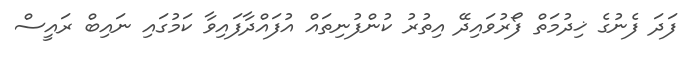
ފަދަ ފެނުގެ ޚިދުމަތް ފޯރުވައިދޭ އިތުރު ކުންފުނިތައް އުފައްދާފައިވާ ކަމުގައި ނައިބް ރައީސް